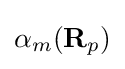
{\alpha _{m}(\mathbf {R} _{p})}